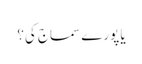
یا پورے سماج کی؟